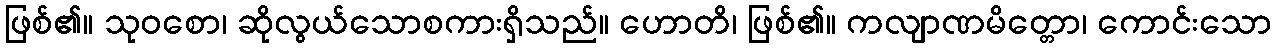
ဖြစ်၏။ သုဝစော၊ ဆိုလွယ်သောစကားရှိသည်။ ဟောတိ၊ ဖြစ်၏။ ကလျာဏမိတ္တော၊ ကောင်းသော